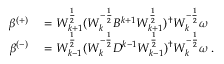
\begin{array} { r l } { \beta ^ { ( + ) } } & { { } = W _ { k + 1 } ^ { \frac { 1 } { 2 } } ( W _ { k } ^ { - \frac { 1 } { 2 } } B ^ { k + 1 } W _ { k + 1 } ^ { \frac { 1 } { 2 } } ) ^ { \dagger } W _ { k } ^ { - \frac { 1 } { 2 } } \omega } \\ { \beta ^ { ( - ) } } & { { } = W _ { k - 1 } ^ { \frac { 1 } { 2 } } ( W _ { k } ^ { - \frac { 1 } { 2 } } D ^ { k - 1 } W _ { k - 1 } ^ { \frac { 1 } { 2 } } ) ^ { \dagger } W _ { k } ^ { - \frac { 1 } { 2 } } \omega \, . } \end{array}